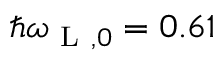
\hbar \omega _ { \mathrm { ~ L ~ } , 0 } = 0 . 6 1